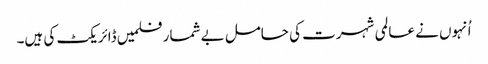
اُنہوں نے عالمی شہرت کی حامل بے شمار فلمیں ڈائریکٹ کی ہیں۔